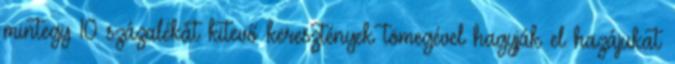
mintegy 10 százalékát kitevő keresztények tömegével hagyják el hazájukat